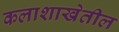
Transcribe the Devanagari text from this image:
कलाशाखेतील